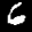
Label: 6